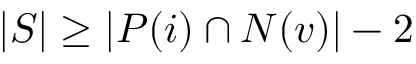
| S | \geq | P ( i ) \cap N ( v ) | - 2